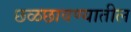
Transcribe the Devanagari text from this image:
छळछावण्यातील